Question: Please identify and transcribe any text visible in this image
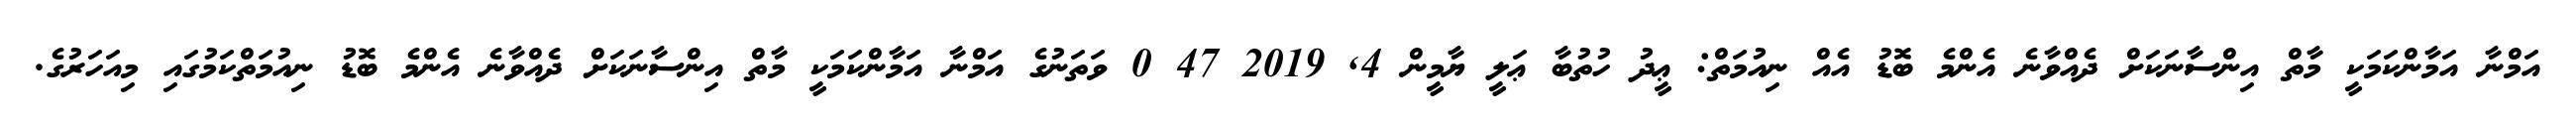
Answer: އަމްނާ އަމާންކަމަކީ މާތް އިންސާނަކަށް ދެއްވާނެ އެންމެ ބޮޑު އެއް ނިއުމަތް: ޢީދު ހުތުބާ ޢަލީ ޔާމީން 4, 2019 47 0 ވަތަނުގެ އަމްނާ އަމާންކަމަކީ މާތް އިންސާނަކަށް ދެއްވާނެ އެންމެ ބޮޑު ނިއުމަތްކަމުގައި މިއަހަރުގެ.